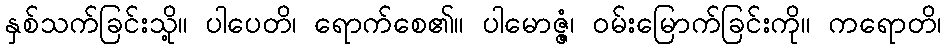
နှစ်သက်ခြင်းသို့။ ပါပေတိ၊ ရောက်စေ၏။ ပါမောဇ္ဇံ၊ ဝမ်းမြောက်ခြင်းကို။ ကရောတိ၊